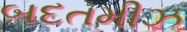
બદતમીઝ